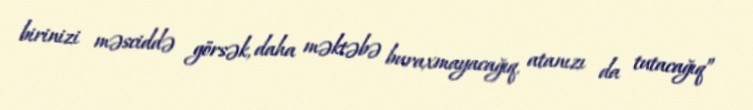
birinizi məsciddə görsək, daha məktəbə buraxmayacağıq, atanızı da tutacağıq”